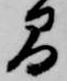
間